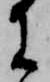
に